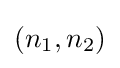
(n_{1},n_{2})